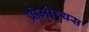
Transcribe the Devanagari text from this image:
प्रोमीथ्यस